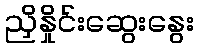
ညှိနှိုင်းဆွေးနွေး